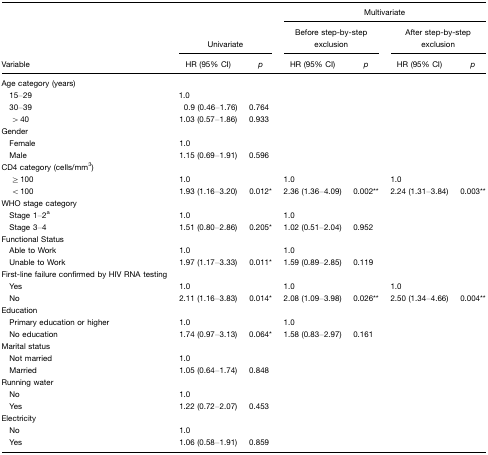
<table><thead><tr><td>[EMPTY_CELL]</td><td>[EMPTY_CELL]</td><td>[EMPTY_CELL]</td><td colspan="4"><b>Multivariate</b></td></tr><tr><td>[EMPTY_CELL]</td><td colspan="2"><b>Univariate</b></td><td colspan="2"><b>Before step-by-step exclusion</b></td><td colspan="2"><b>After step-by-step exclusion</b></td></tr><tr><td><b>Variable</b></td><td><b>HR (95% CI)</b></td><td><b><i>p</i></b></td><td><b>HR (95% CI)</b></td><td><b><i>p</i></b></td><td><b>HR (95% CI)</b></td><td><b><i>p</i></b></td></tr></thead><tbody><tr><td>Age category (years)</td><td>[EMPTY_CELL]</td><td>[EMPTY_CELL]</td><td>[EMPTY_CELL]</td><td>[EMPTY_CELL]</td><td>[EMPTY_CELL]</td><td>[EMPTY_CELL]</td></tr><tr><td> 15–29</td><td>1.0</td><td>[EMPTY_CELL]</td><td>[EMPTY_CELL]</td><td>[EMPTY_CELL]</td><td>[EMPTY_CELL]</td><td>[EMPTY_CELL]</td></tr><tr><td> 30–39</td><td>0.9 (0.46–1.76)</td><td>0.764</td><td>[EMPTY_CELL]</td><td>[EMPTY_CELL]</td><td>[EMPTY_CELL]</td><td>[EMPTY_CELL]</td></tr><tr><td>&gt; 40</td><td>1.03 (0.57–1.86)</td><td>0.933</td><td>[EMPTY_CELL]</td><td>[EMPTY_CELL]</td><td>[EMPTY_CELL]</td><td>[EMPTY_CELL]</td></tr><tr><td>Gender</td><td>[EMPTY_CELL]</td><td>[EMPTY_CELL]</td><td>[EMPTY_CELL]</td><td>[EMPTY_CELL]</td><td>[EMPTY_CELL]</td><td>[EMPTY_CELL]</td></tr><tr><td> Female</td><td>1.0</td><td>[EMPTY_CELL]</td><td>[EMPTY_CELL]</td><td>[EMPTY_CELL]</td><td>[EMPTY_CELL]</td><td>[EMPTY_CELL]</td></tr><tr><td> Male</td><td>1.15 (0.69–1.91)</td><td>0.596</td><td>[EMPTY_CELL]</td><td>[EMPTY_CELL]</td><td>[EMPTY_CELL]</td><td>[EMPTY_CELL]</td></tr><tr><td>CD4 category (cells/mm<sup>3</sup>)</td><td>[EMPTY_CELL]</td><td>[EMPTY_CELL]</td><td>[EMPTY_CELL]</td><td>[EMPTY_CELL]</td><td>[EMPTY_CELL]</td><td>[EMPTY_CELL]</td></tr><tr><td>≥ 100</td><td>1.0</td><td>[EMPTY_CELL]</td><td>1.0</td><td>[EMPTY_CELL]</td><td>1.0</td><td>[EMPTY_CELL]</td></tr><tr><td>&lt; 100</td><td>1.93 (1.16–3.20)</td><td>0.012*</td><td>2.36 (1.36–4.09)</td><td>0.002**</td><td>2.24 (1.31–3.84)</td><td>0.003**</td></tr><tr><td>WHO stage category</td><td>[EMPTY_CELL]</td><td>[EMPTY_CELL]</td><td>[EMPTY_CELL]</td><td>[EMPTY_CELL]</td><td>[EMPTY_CELL]</td><td>[EMPTY_CELL]</td></tr><tr><td> Stage 1–2a</td><td>1.0</td><td>[EMPTY_CELL]</td><td>1.0</td><td>[EMPTY_CELL]</td><td>[EMPTY_CELL]</td><td>[EMPTY_CELL]</td></tr><tr><td> Stage 3–4</td><td>1.51 (0.80–2.86)</td><td>0.205*</td><td>1.02 (0.51–2.04)</td><td>0.952</td><td>[EMPTY_CELL]</td><td>[EMPTY_CELL]</td></tr><tr><td>Functional Status</td><td>[EMPTY_CELL]</td><td>[EMPTY_CELL]</td><td>[EMPTY_CELL]</td><td>[EMPTY_CELL]</td><td>[EMPTY_CELL]</td><td>[EMPTY_CELL]</td></tr><tr><td> Able to Work</td><td>1.0</td><td>[EMPTY_CELL]</td><td>1.0</td><td>[EMPTY_CELL]</td><td>[EMPTY_CELL]</td><td>[EMPTY_CELL]</td></tr><tr><td> Unable to Work</td><td>1.97 (1.17–3.33)</td><td>0.011*</td><td>1.59 (0.89–2.85)</td><td>0.119</td><td>[EMPTY_CELL]</td><td>[EMPTY_CELL]</td></tr><tr><td>First-line failure confirmed by HIV RNA testing</td><td>[EMPTY_CELL]</td><td>[EMPTY_CELL]</td><td>[EMPTY_CELL]</td><td>[EMPTY_CELL]</td><td>[EMPTY_CELL]</td><td>[EMPTY_CELL]</td></tr><tr><td> Yes</td><td>1.0</td><td>[EMPTY_CELL]</td><td>1.0</td><td>[EMPTY_CELL]</td><td>1.0</td><td>[EMPTY_CELL]</td></tr><tr><td> No</td><td>2.11 (1.16–3.83)</td><td>0.014*</td><td>2.08 (1.09–3.98)</td><td>0.026**</td><td>2.50 (1.34–4.66)</td><td>0.004**</td></tr><tr><td>Education</td><td>[EMPTY_CELL]</td><td>[EMPTY_CELL]</td><td>[EMPTY_CELL]</td><td>[EMPTY_CELL]</td><td>[EMPTY_CELL]</td><td>[EMPTY_CELL]</td></tr><tr><td> Primary education or higher</td><td>1.0</td><td>[EMPTY_CELL]</td><td>1.0</td><td>[EMPTY_CELL]</td><td>[EMPTY_CELL]</td><td>[EMPTY_CELL]</td></tr><tr><td> No education</td><td>1.74 (0.97–3.13)</td><td>0.064*</td><td>1.58 (0.83–2.97)</td><td>0.161</td><td>[EMPTY_CELL]</td><td>[EMPTY_CELL]</td></tr><tr><td>Marital status</td><td>[EMPTY_CELL]</td><td>[EMPTY_CELL]</td><td>[EMPTY_CELL]</td><td>[EMPTY_CELL]</td><td>[EMPTY_CELL]</td><td>[EMPTY_CELL]</td></tr><tr><td> Not married</td><td>1.0</td><td>[EMPTY_CELL]</td><td>[EMPTY_CELL]</td><td>[EMPTY_CELL]</td><td>[EMPTY_CELL]</td><td>[EMPTY_CELL]</td></tr><tr><td> Married</td><td>1.05 (0.64–1.74)</td><td>0.848</td><td>[EMPTY_CELL]</td><td>[EMPTY_CELL]</td><td>[EMPTY_CELL]</td><td>[EMPTY_CELL]</td></tr><tr><td>Running water</td><td>[EMPTY_CELL]</td><td>[EMPTY_CELL]</td><td>[EMPTY_CELL]</td><td>[EMPTY_CELL]</td><td>[EMPTY_CELL]</td><td>[EMPTY_CELL]</td></tr><tr><td> No</td><td>1.0</td><td>[EMPTY_CELL]</td><td>[EMPTY_CELL]</td><td>[EMPTY_CELL]</td><td>[EMPTY_CELL]</td><td>[EMPTY_CELL]</td></tr><tr><td> Yes</td><td>1.22 (0.72–2.07)</td><td>0.453</td><td>[EMPTY_CELL]</td><td>[EMPTY_CELL]</td><td>[EMPTY_CELL]</td><td>[EMPTY_CELL]</td></tr><tr><td>Electricity</td><td>[EMPTY_CELL]</td><td>[EMPTY_CELL]</td><td>[EMPTY_CELL]</td><td>[EMPTY_CELL]</td><td>[EMPTY_CELL]</td><td>[EMPTY_CELL]</td></tr><tr><td> No</td><td>1.0</td><td>[EMPTY_CELL]</td><td>[EMPTY_CELL]</td><td>[EMPTY_CELL]</td><td>[EMPTY_CELL]</td><td>[EMPTY_CELL]</td></tr><tr><td> Yes</td><td>1.06 (0.58–1.91)</td><td>0.859</td><td>[EMPTY_CELL]</td><td>[EMPTY_CELL]</td><td>[EMPTY_CELL]</td><td>[EMPTY_CELL]</td></tr></tbody></table>